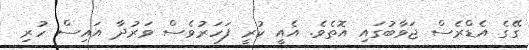
ގޭގެ އެޑްރެސް ޖަވާބުގައި އޮތެވެ. އެއީ ކުރީ ފަހަރުވެސް ވަރުދާ އައިސް ހުރި